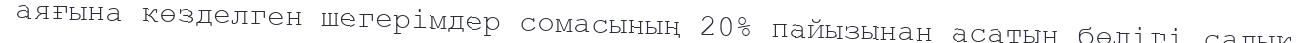
аяғына көзделген шегерімдер сомасының 20% пайызынан асатын бөлігі салық